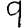
Digit: 9